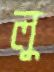
লু